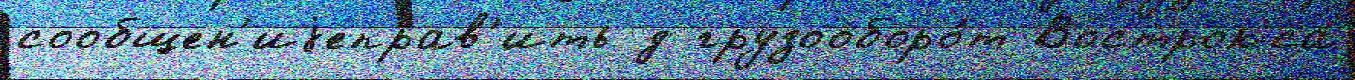
сообщен'иjеправ'ить д грузооборо́т Вострокса